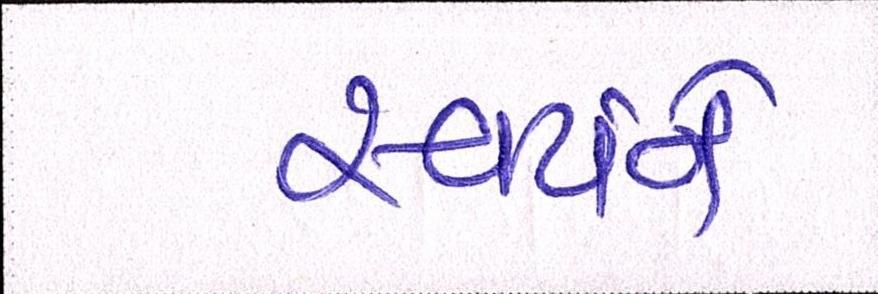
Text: સ્વયંને